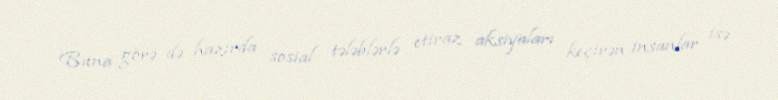
Buna görə də hazırda sosial tələblərlə etiraz aksiyaları keçirən insanlar isə